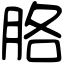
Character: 胳